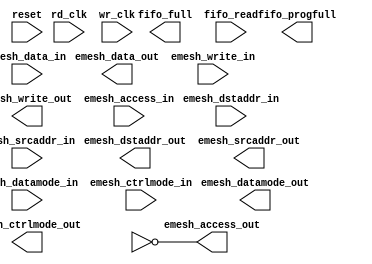
module fifo_async_emesh (/*AUTOARG*/
   // Outputs
   emesh_access_out, emesh_write_out, emesh_datamode_out,
   emesh_ctrlmode_out, emesh_dstaddr_out, emesh_data_out,
   emesh_srcaddr_out, fifo_full, fifo_progfull,
   // Inputs
   rd_clk, wr_clk, reset, emesh_access_in, emesh_write_in,
   emesh_datamode_in, emesh_ctrlmode_in, emesh_dstaddr_in,
   emesh_data_in, emesh_srcaddr_in, fifo_read
   );

   //Clocks
   input         rd_clk;
   input         wr_clk;
   input 	 reset;
   
   //input-data
   input 	 emesh_access_in;
   input 	 emesh_write_in;
   input [1:0] 	 emesh_datamode_in;
   input [3:0] 	 emesh_ctrlmode_in;
   input [31:0]  emesh_dstaddr_in;
   input [31:0]  emesh_data_in;
   input [31:0]  emesh_srcaddr_in;

   //output-data
   output        emesh_access_out;
   output        emesh_write_out;
   output [1:0]  emesh_datamode_out;
   output [3:0]  emesh_ctrlmode_out;
   output [31:0] emesh_dstaddr_out;
   output [31:0] emesh_data_out;
   output [31:0] emesh_srcaddr_out;

   //FIFO controls
   input         fifo_read;
   
   output 	 fifo_full;
   output 	 fifo_progfull;
   
   //wires
   wire [103:0]  fifo_din;
   wire [103:0]  fifo_dout;
   wire 	 fifo_empty;
   
   //Inputs to FIFO
   assign fifo_din[103:0]={emesh_srcaddr_in[31:0],
			   emesh_data_in[31:0],
			   emesh_dstaddr_in[31:0],
			   emesh_ctrlmode_in[3:0],
			   emesh_datamode_in[1:0],
			   emesh_write_in,
			   1'b0
			   };
   
   //Outputs
   assign emesh_access_out         = ~fifo_empty;
   assign emesh_write_out          =  fifo_dout[1];
   assign emesh_datamode_out[1:0]  =  fifo_dout[3:2];
   assign emesh_ctrlmode_out[3:0]  =  fifo_dout[7:4];
   assign emesh_dstaddr_out[31:0]  =  fifo_dout[39:8];
   assign emesh_data_out[31:0]     =  fifo_dout[71:40];
   assign emesh_srcaddr_out[31:0]  =  fifo_dout[103:72];

`ifdef TARGET_XILINX   
   fifo_async_104x32 fifo_async_104x32 (.dout		(fifo_dout[103:0]),
					.full		(fifo_full),
					.empty		(fifo_empty),
					.prog_full	(fifo_progfull),
					//inputs
					.rst		(reset),
					.wr_clk		(wr_clk),
					.rd_clk		(rd_clk),
					.din		(fifo_din[103:0]),
					.wr_en		(emesh_access_in),
					.rd_en		(fifo_read)
					);
   
`elsif TARGET_CLEAN

   wire 	 tmp_progfull;    
   assign fifo_progfull = tmp_progfull | fifo_full;//HACK, need to fix this
   

  fifo_async #(.DW(104), .AW(5))  fifo_async (
					.rd_data	  (fifo_dout[103:0]),
					.wr_fifo_progfull (tmp_progfull),
					.wr_fifo_full	  (fifo_full),
					.rd_fifo_empty	  (fifo_empty),
					//inputs
					.reset		(reset),
					.wr_clk		(wr_clk),
					.rd_clk		(rd_clk),
					.wr_data	(fifo_din[103:0]),
					.wr_write	(emesh_access_in),
					.rd_read	(fifo_read)
					);
`elsif TARGET_ALTERA
  //SOMETHING
`endif

   
endmodule